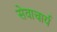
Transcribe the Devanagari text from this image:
सेवाचार्य